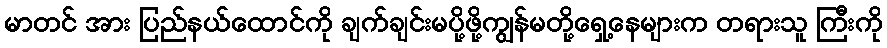
မာတင် အား ပြည်နယ်ထောင်ကို ချက်ချင်းမပို့ဖို့ကျွန်မတို့ရှေ့နေများက တရားသူ ကြီးကို